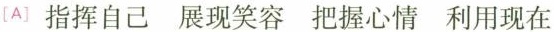
[A〕指挥自己展现笑容把握心情利用现在